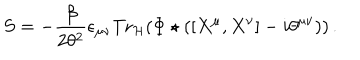
S = - \frac { \beta } { 2 \theta ^ { 2 } } \epsilon _ { \mu \nu } { \mathrm { T r } } _ { { \cal H } } ( \Phi \star ( [ X ^ { \mu } , X ^ { \nu } ] - i \theta ^ { \mu \nu } ) ) \, .